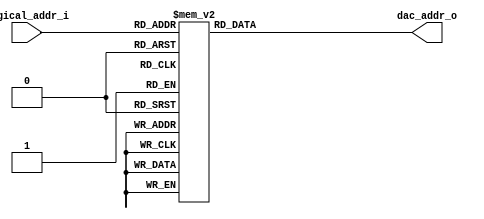
`timescale 1ns / 1ps
////////////////////////////////////////////////////////////////////////////////
// This file is a part of the Antarctic Impulsive Transient Antenna (ANITA)
// project, a collaborative scientific effort between multiple institutions. For
// more information, contact Peter Gorham (gorham@phys.hawaii.edu).
//
// All rights reserved.
//
// Author:
// Author:
////////////////////////////////////////////////////////////////////////////////
module dac_address_remap(
		input [4:0] logical_addr_i,
		output [4:0] dac_addr_o
    );
	
	reg [4:0] dac_addr;

	always @(logical_addr_i) begin
			case (logical_addr_i)
				5'h00: dac_addr <= 8;
				5'h01: dac_addr <= 12;
				5'h02: dac_addr <= 14;
				5'h03: dac_addr <= 16;
				5'h04: dac_addr <= 20;
				5'h05: dac_addr <= 22;
				5'h06: dac_addr <= 9;
				5'h07: dac_addr <= 13;
				5'h08: dac_addr <= 15;
				5'h09: dac_addr <= 17;
				5'h0A: dac_addr <= 21;
				5'h0B: dac_addr <= 23;
				5'h0C: dac_addr <= 10;
				5'h0D: dac_addr <= 11;
				5'h0E: dac_addr <= 18;
				5'h0F: dac_addr <= 19;
				5'h10: dac_addr <= 0;
				5'h11: dac_addr <= 1;
				5'h12: dac_addr <= 2;
				5'h13: dac_addr <= 3;
				5'h14: dac_addr <= 4;
				5'h15: dac_addr <= 5;
				5'h16: dac_addr <= 6;
				5'h17: dac_addr <= 7;
				5'h18: dac_addr <= 24;
				5'h19: dac_addr <= 25;
				5'h1A: dac_addr <= 26;
				5'h1B: dac_addr <= 27;
				5'h1C: dac_addr <= 28;
				5'h1D: dac_addr <= 29;
				5'h1E: dac_addr <= 30;
				5'h1F: dac_addr <= 31;
			endcase
	end
		
	assign dac_addr_o = dac_addr;
endmodule